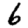
Digit: 6